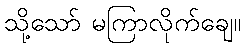
သို့သော် မကြာလိုက်ချေ။